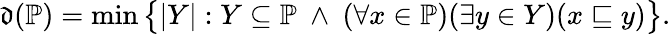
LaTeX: {\mathfrak{d}}({\mathbb{P}})=\operatorname*{min}{\big\{ }|Y|:Y\subseteq{\mathbb{P}}\ \wedge\ (\forall x\in{\mathbb{P}})(\exists y\in Y)(x\sqsubseteq y){\big\} }.